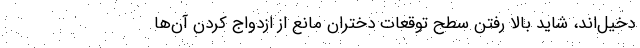
دخیل‌اند، شاید بالا رفتن سطح توقعات دختران مانع از ازدواج کردن آن‌ها